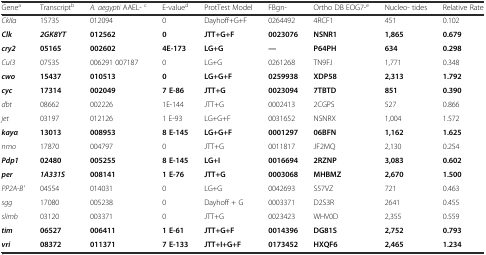
<table><thead><tr><td><b>Gene<sup>a</sup></b></td><td><b>Transcript<sup>b</sup></b></td><td><b><i>A. aegypti</i> AAEL- <sup>c</sup></b></td><td><b>E-value<sup>d</sup></b></td><td><b>ProtTest Model</b></td><td><b>FBgn-</b></td><td><b>Ortho DB EOG7-<sup>e</sup></b></td><td><b>Nucleo- tides</b></td><td><b>Relative Rate</b></td></tr></thead><tbody><tr><td><i>CkIIα</i></td><td>15735</td><td>012094</td><td>0</td><td>Dayhoff+G+F</td><td>0264492</td><td>4RCF1</td><td>451</td><td>0.102</td></tr><tr><td><b><i>Clk</i></b></td><td><b><i>2GK8YT</i></b></td><td><b>012562</b></td><td><b>0</b></td><td><b>JTT+G+F</b></td><td><b>0023076</b></td><td><b>NSNR1</b></td><td><b>1,865</b></td><td><b>0.679</b></td></tr><tr><td><b><i>cry2</i></b></td><td><b>05165</b></td><td><b>002602</b></td><td><b>4E-173</b></td><td><b>LG+G</b></td><td><b>---</b></td><td><b>P64PH</b></td><td><b>634</b></td><td><b>0.298</b></td></tr><tr><td><i>Cul3</i></td><td>07535</td><td>006291 007187</td><td>0</td><td>LG+G</td><td>0261268</td><td>TN9FJ</td><td>1,771</td><td>0.348</td></tr><tr><td><b><i>cwo</i></b></td><td><b>15437</b></td><td><b>010513</b></td><td><b>0</b></td><td><b>LG+G+F</b></td><td><b>0259938</b></td><td><b>XDP58</b></td><td><b>2,313</b></td><td><b>1.792</b></td></tr><tr><td><b><i>cyc</i></b></td><td><b>17314</b></td><td><b>002049</b></td><td><b>7 E-86</b></td><td><b>JTT+G</b></td><td><b>0023094</b></td><td><b>7TBTD</b></td><td><b>851</b></td><td><b>0.390</b></td></tr><tr><td><i>dbt</i></td><td>08662</td><td>002226</td><td>1E-144</td><td>JTT+G</td><td>0002413</td><td>2CGPS</td><td>527</td><td>0.866</td></tr><tr><td><i>jet</i></td><td>03197</td><td>012126</td><td>1 E-93</td><td>LG+G+F</td><td>0031652</td><td>NSNRX</td><td>1,004</td><td>1.572</td></tr><tr><td><b><i>kayα</i></b></td><td><b>13013</b></td><td><b>008953</b></td><td><b>8 E-145</b></td><td><b>LG+G+F</b></td><td><b>0001297</b></td><td><b>06BFN</b></td><td><b>1,162</b></td><td><b>1.625</b></td></tr><tr><td><i>nmo</i></td><td>17870</td><td>004797</td><td>0</td><td>JTT+G</td><td>0011817</td><td>JF2MQ</td><td>2,130</td><td>0.254</td></tr><tr><td><b><i>Pdp1</i></b></td><td><b>02480</b></td><td><b>005255</b></td><td><b>8 E-145</b></td><td><b>LG+I</b></td><td><b>0016694</b></td><td><b>2RZNP</b></td><td><b>3,083</b></td><td><b>0.602</b></td></tr><tr><td><b><i>per</i></b></td><td><b><i>1A331S</i></b></td><td><b>008141</b></td><td><b>1 E-76</b></td><td><b>JTT+G</b></td><td><b>0003068</b></td><td><b>MHBMZ</b></td><td><b>2,670</b></td><td><b>1.500</b></td></tr><tr><td><i>PP2A-B&#x27;</i></td><td>04554</td><td>014031</td><td>0</td><td>LG+G</td><td>0042693</td><td>S57VZ</td><td>721</td><td>0.463</td></tr><tr><td><i>sgg</i></td><td>17080</td><td>005238</td><td>0</td><td>Dayhoff + G</td><td>0003371</td><td>D2S3R</td><td>2641</td><td>0.455</td></tr><tr><td><i>slimb</i></td><td>03120</td><td>003371</td><td>0</td><td>JTT+G</td><td>0023423</td><td>WHV0D</td><td>2,355</td><td>0.559</td></tr><tr><td><b><i>tim</i></b></td><td><b>06527</b></td><td><b>006411</b></td><td><b>1 E-61</b></td><td><b>JTT+G+F</b></td><td><b>0014396</b></td><td><b>DG81S</b></td><td><b>2,752</b></td><td><b>0.793</b></td></tr><tr><td><b><i>vri</i></b></td><td><b>08372</b></td><td><b>011371</b></td><td><b>7 E-133</b></td><td><b>JTT+I+G+F</b></td><td><b>0173452</b></td><td><b>HXQF6</b></td><td><b>2,465</b></td><td><b>1.234</b></td></tr></tbody></table>